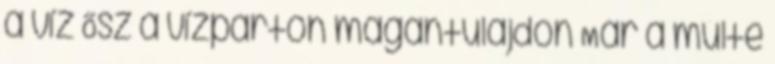
a víz Ősz a vízparton magántulajdon Már a múlté